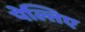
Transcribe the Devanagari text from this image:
पेल्तिए